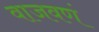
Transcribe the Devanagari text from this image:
वाजवणं